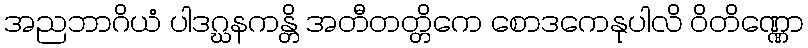
အညဘာဂိယံ ပါဒဂ္ဃနကန္တိ အတီတတ္တိကေ စောဒကေနုပါလိ ဝိတိဏ္ဏော